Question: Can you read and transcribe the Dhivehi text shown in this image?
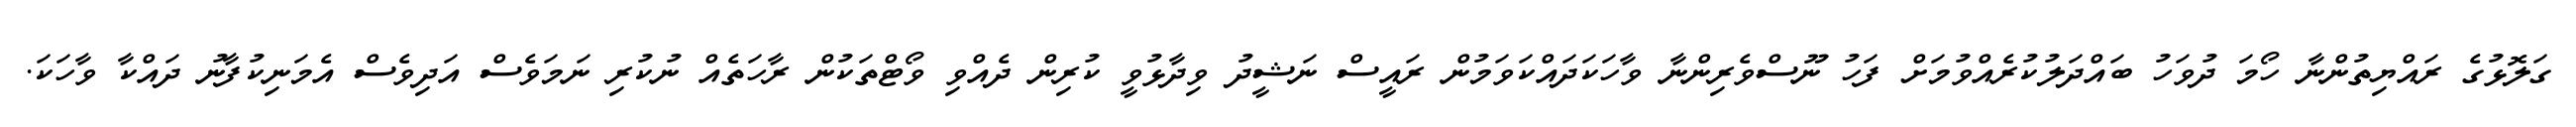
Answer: ގަލޮޅުގެ ރައްޔިތުންނާ ހޯމަ ދުވަހު ބައްދަލުކުރެއްވުމަށް ފަހު ނޫސްވެރިންނާ ވާހަކަދައްކަވަމުން ރައީސް ނަޝީދު ވިދާޅުވީ ކުރިން ދެއްވި ވޯޓްތަކުން ރާހަތެއް ނުކުރި ނަމަވެސް އަދިވެސް އެމަނިކުފާނު ދައްކާ ވާހަކަ.